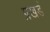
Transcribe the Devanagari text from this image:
प्रखडं